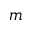
m